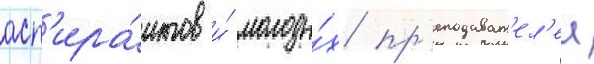
асп'ира́нтов и́ молоды́х пр'еподават'ел'еи